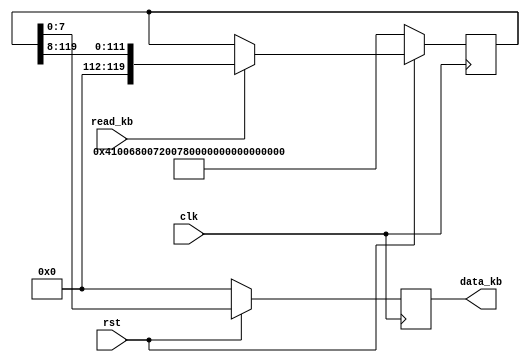
module kb(
    input clk,
    input rst,

    output reg[7:0] data_kb,
    input read_kb


);

reg state;

reg [119:0] chars;


always @(posedge clk) begin
    if(!rst) begin
        data_kb <= 0;
        state <= 0;
        chars<= 120'h41_0068_0072_0077_0073_0068_0072_0021;
    end
    else begin
        data_kb = chars[7:0];          
        if(read_kb) chars = {8'd0, chars[119:8]};  
    end
end




endmodule